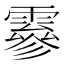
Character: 𩅙